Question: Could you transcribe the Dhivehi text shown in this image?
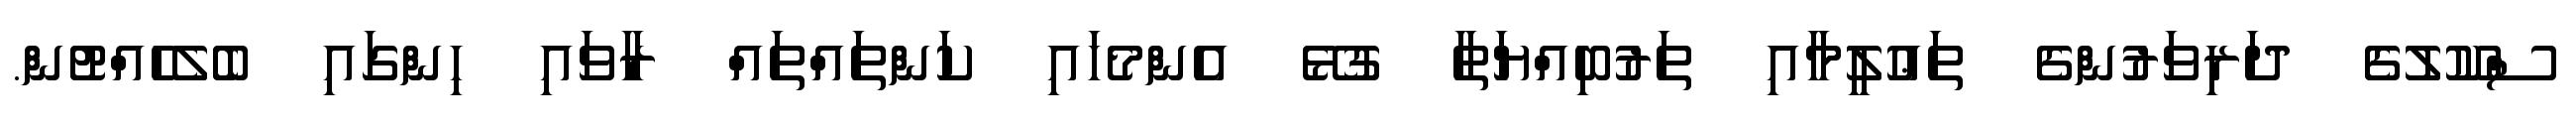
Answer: ސްކޫލުގެ ދަރިވަރުންގެ ތަޢުލީމާއި ތަރުބިއްޔަތާ ގުޅޭ އެންމެހައި ކަންތައްތައް ރާވައި ހިންގައި ބެލެހެއްޓުން.